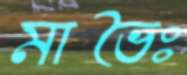
মাভৈঃ